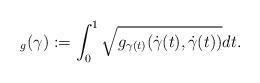
LaTeX: \begin{align*}_{g}(\gamma) := \int_0^1 \sqrt{ g_{\gamma(t)} (\dot{\gamma}(t), \dot{\gamma}(t))} dt. \end{align*}